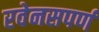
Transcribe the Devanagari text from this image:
रवेनसपर्ण